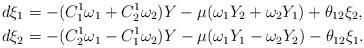
LaTeX: \begin{align*}d\xi_1&=-(C_1^1\omega_1+C_2^1\omega_2)Y-\mu(\omega_1Y_2+\omega_2Y_1)+\theta_{12}\xi_2,\\d\xi_2&=-(C_2^1\omega_1-C_1^1\omega_2)Y-\mu(\omega_1Y_1-\omega_2Y_2)-\theta_{12}\xi_1.\end{align*}